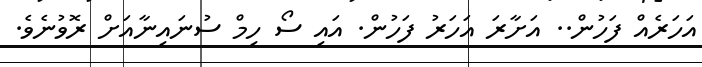
އަހަރެއް ފަހުން.. އަށާރަ އަހަރު ފަހުން. އައި ސޯ ހިމް ސުނައިނާއަށް ރޮވުނެވެ.